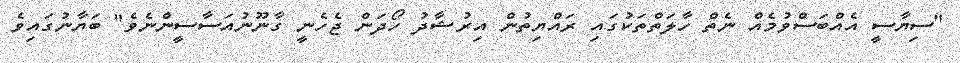
"ސިޔާސީ އެއްބަސްވުމެއް ނެތް ހާލަތްތަކުގައި ރައްޔިތުން އިރުޝާދު ހޯދަން ޖެހެނީ ގާނޫނުއަސާސީންނެވެ" ބަޔާނުގައިވެ